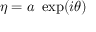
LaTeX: \eta = a { \mathrm { ~ } } \exp ( i \theta )